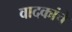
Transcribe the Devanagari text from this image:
वादकांचे